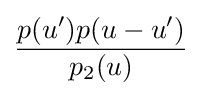
{\frac {p(u')p(u-u')}{p_{2}(u)}}